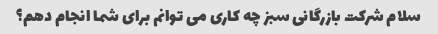
سلام شرکت بازرگانی سبز چه کاری می توانم برای شما انجام دهم؟